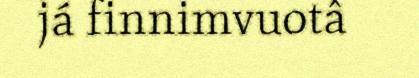
já finnimvuotâ